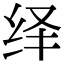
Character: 绎